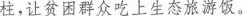
柱，让贫困群众吃上生态旅游饭。